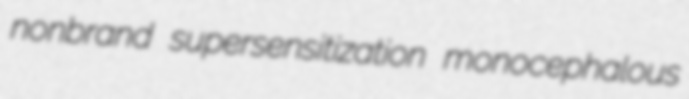
nonbrand supersensitization monocephalous